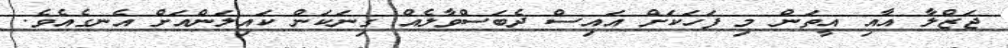
ޖަޒްލާ އާއި އީތަން މި ފަހަކަށް އައިސް ދެބަސްވާލެއް ގިނަކަން ކައިލަންއަށް އެނގެއެވެ.